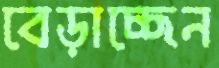
বেড়াচ্ছেন